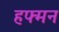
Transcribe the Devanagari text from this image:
हफ्मन